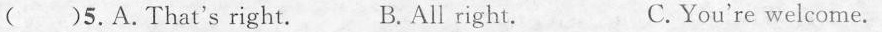
(6)5.A.That's right. B.All right. C. You're welcome.